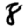
Digit: 8